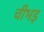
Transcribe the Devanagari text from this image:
चीभड़